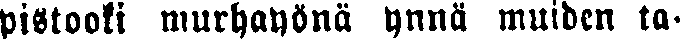
pistooli murhayönä ynnä muiden ta-